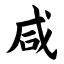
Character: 咸